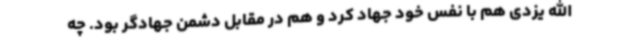
الله یزدی هم با نفس خود جهاد کرد و هم در مقابل دشمن جهادگر بود. چه